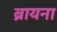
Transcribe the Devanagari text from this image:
ब्रायना